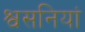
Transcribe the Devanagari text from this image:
श्वसनियां